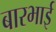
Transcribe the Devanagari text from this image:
बारभाई